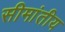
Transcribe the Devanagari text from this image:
सीमांतीय